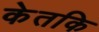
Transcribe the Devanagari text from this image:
केतकि